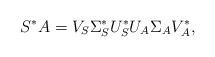
LaTeX: \begin{align*}S^* A = V_S \Sigma_S^* U_S^* U_A \Sigma_A V_A^*,\end{align*}